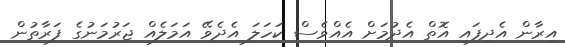
އިރާން އެދިފައި އޮތް އެދުމަށް އެއްވެސް ކަހަލަ އެދެވޭ އަމަލެއް ޖަރުމަނުގެ ފަރާތުން